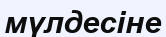
мүлдесіне